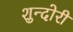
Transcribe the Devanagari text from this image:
शुन्दोरी